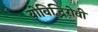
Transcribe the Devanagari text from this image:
योविद्भिरोवी